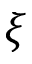
\xi